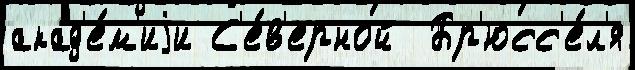
акад'е́м'иjи С'е́в'ерной  Бр'юсс'е́л'я